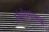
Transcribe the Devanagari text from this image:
संबोधनात्मक